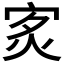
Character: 𤇵